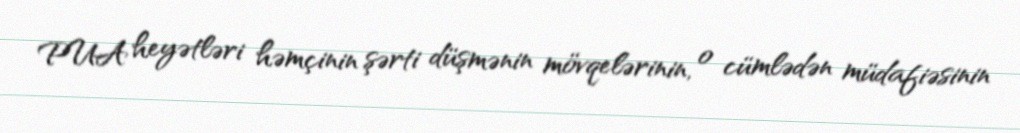
PUA heyətləri həmçinin şərti düşmənin mövqelərinin, o cümlədən müdafiəsinin